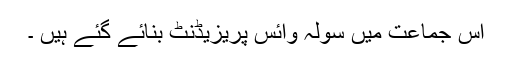
اس جماعت میں سولہ وائس پریزیڈنٹ بنائے گئے ہیں ۔